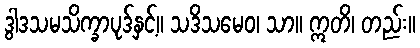
ဒွါဒသမသိက္ခာပုဒ်နှင့်။ သဒိသမေဝ၊ သာ။ ဣတိ၊ တည်း။